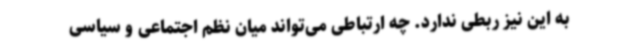
به این نیز ربطی ندارد. چه ارتباطی می‌تواند میان نظم اجتماعی و سیاسی